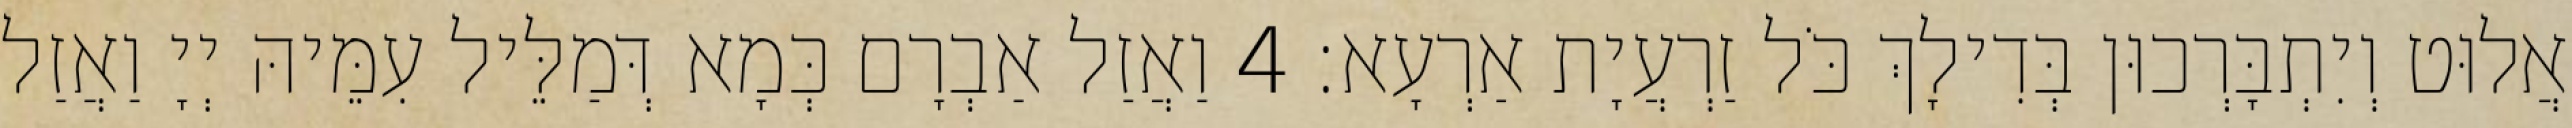
אֲלוּט וְיִתְבָּרְכוּן בְּדִילָךְ כֹּל זַרְעֲיָת אַרְעָא׃ 4 וַאֲזַל אַבְרָם כְּמָא דְּמַלֵּיל עִמֵּיהּ יְיָ וַאֲזַל